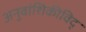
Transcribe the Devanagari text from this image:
अनुवांशिकीविद्